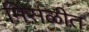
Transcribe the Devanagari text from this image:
मिसळीत